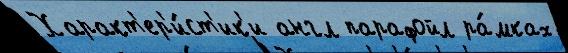
Характ'ер'и́ст'ик'и англ парафойл ра́мках